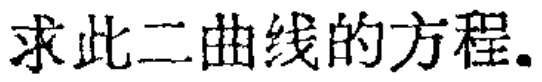
求此二曲线的方程.